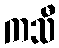
ကသီ